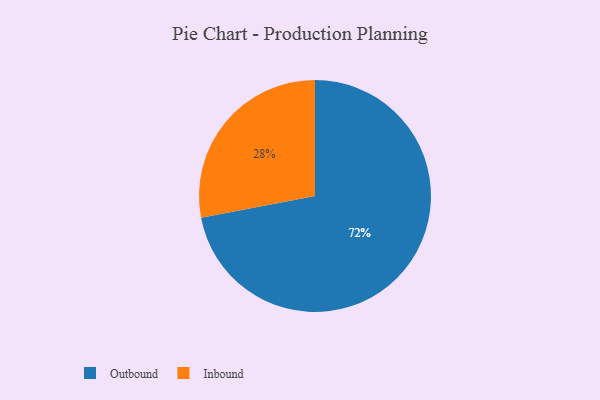
{"axis": {"x": "Category", "y": "Percentage"}, "legend": ["Inbound", "Outbound"], "data": [{"x": "Inbound", "y": 28, "type": "Inbound"}, {"x": "Outbound", "y": 72, "type": "Outbound"}]}